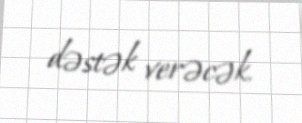
dəstək verəcək.